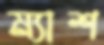
ম্যাশ